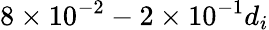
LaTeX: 8\times 10^{-2}-2\times 10^{-1}d_{i}